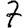
Digit: 7